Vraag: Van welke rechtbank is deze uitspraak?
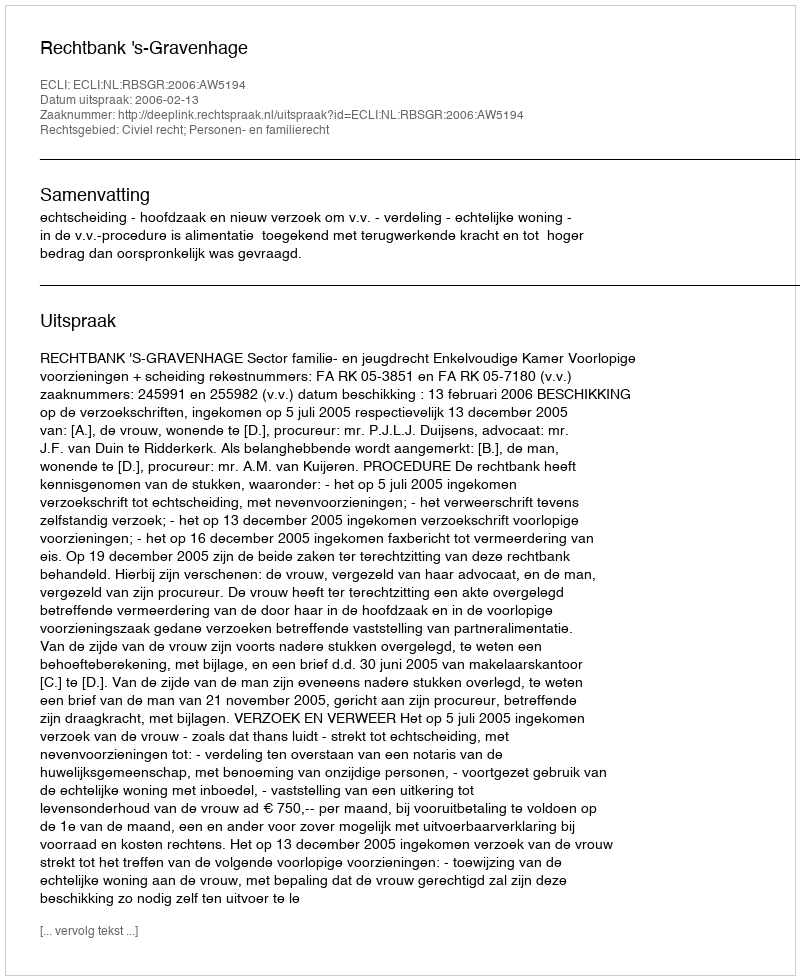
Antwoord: Rechtbank 's-Gravenhage